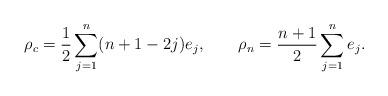
LaTeX: \begin{align*} \rho_c=\frac12\sum_{j=1}^n(n+1-2j)e_j,\qquad\rho_n=\frac{n+1}2\sum_{j=1}^ne_j.\end{align*}